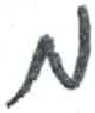
אות: מ